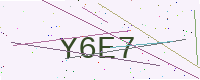
Text: Y6E7